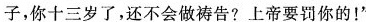
子，你十三岁了，还不会做祷告?上帝要罚你的！”